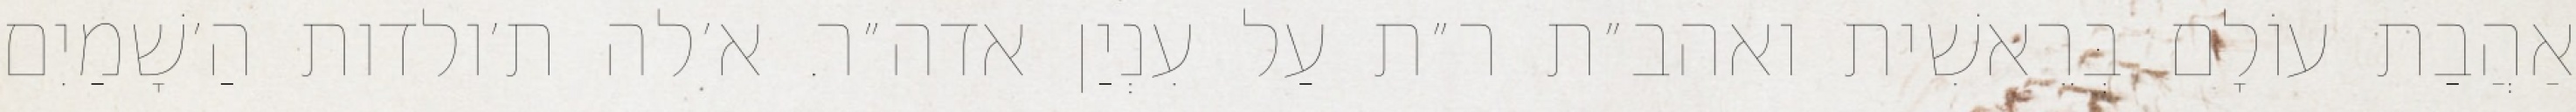
אַהֲבַת עוֹלָם בְּרֵאשִׁית ואהב״ת ר״ת עַל עִנְיַן אדה״ר. א׳לה ת׳ולדות הַ׳שָׁמַיִם